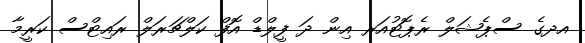
އދގެ ސްޕެޝަލް ރެޕޮޓުއަރ އިން ދަ ފީލްޑް އޮފް ކަލްޗަރަލް ރައިޓްސް ކަރީމާ